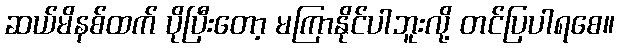
ဆယ်မိနစ်ထက် ပိုပြီးတော့ မကြာနိုင်ပါဘူးလို့ တင်ပြပါရစေ။